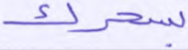
بسحرك